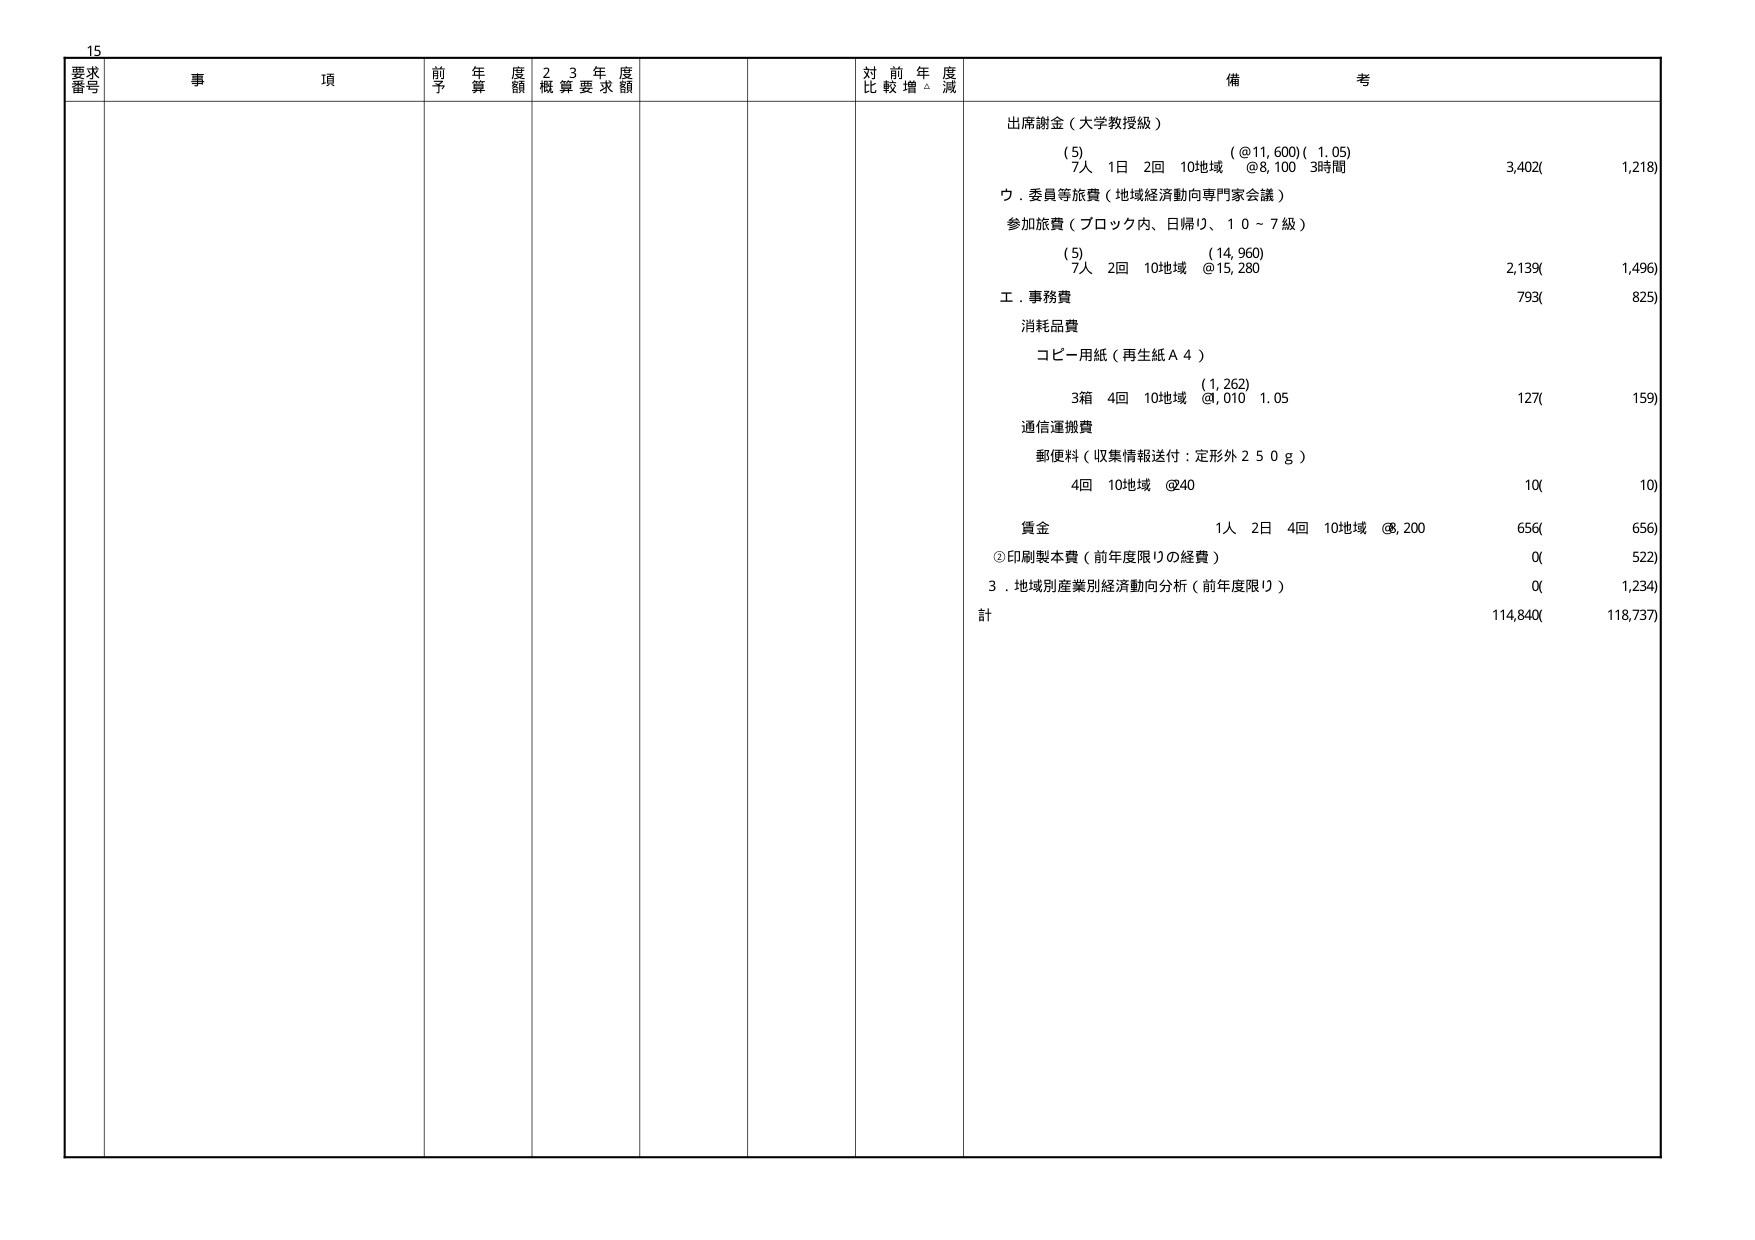
15
要求
番号
事 項
前 年 度
予 算 額
2 3 年 度
概 算 要 求 額
対 前 年 度
比 較 増 △ 減
備 考
出席謝金（大学教授級）
（5）（@11,600）（1.05）
7人 1日 2回 10地域 @8,100 3時間
3,402( 1,218)
ウ．委員等旅費（地域経済動向専門家会議）
参加旅費（ブロック内、日帰り、10～7級）
（5）（14,960）
7人 2回 10地域 @15,280
2,139( 1,496)
工．事務費
793( 825)
消耗品費
コピー用紙（再生紙Ａ４）
（1,262）
3箱 4回 10地域 @,010 1.05
127( 159)
通信運搬費
郵便料（収集情報送付：定形外250g）
4回 10地域 @40
10( 10)
賃金
1人 2日 4回 10地域 @8,200
656( 656)
②印刷製本費（前年度限りの経費）
0( 522)
3．地域別産業別経済動向分析（前年度限り）
0( 1,234)
計
114,840( 118,737)